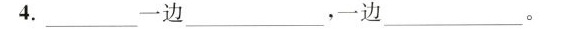
4.___一边_，一边___ 。